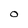
Character: O